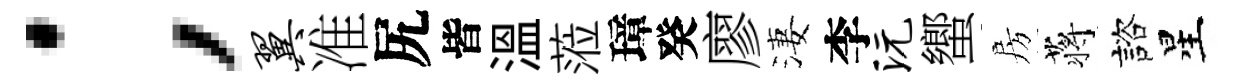
；翼准尻皆溫蒞璋癸廖淒李沅蠁房蒋諮星